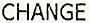
CHANGE